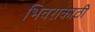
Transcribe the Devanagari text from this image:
भिवराकाठी